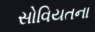
સોવિયતના